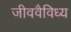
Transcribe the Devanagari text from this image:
जीववैविध्य